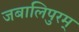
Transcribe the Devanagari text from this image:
जबालिपुरम्